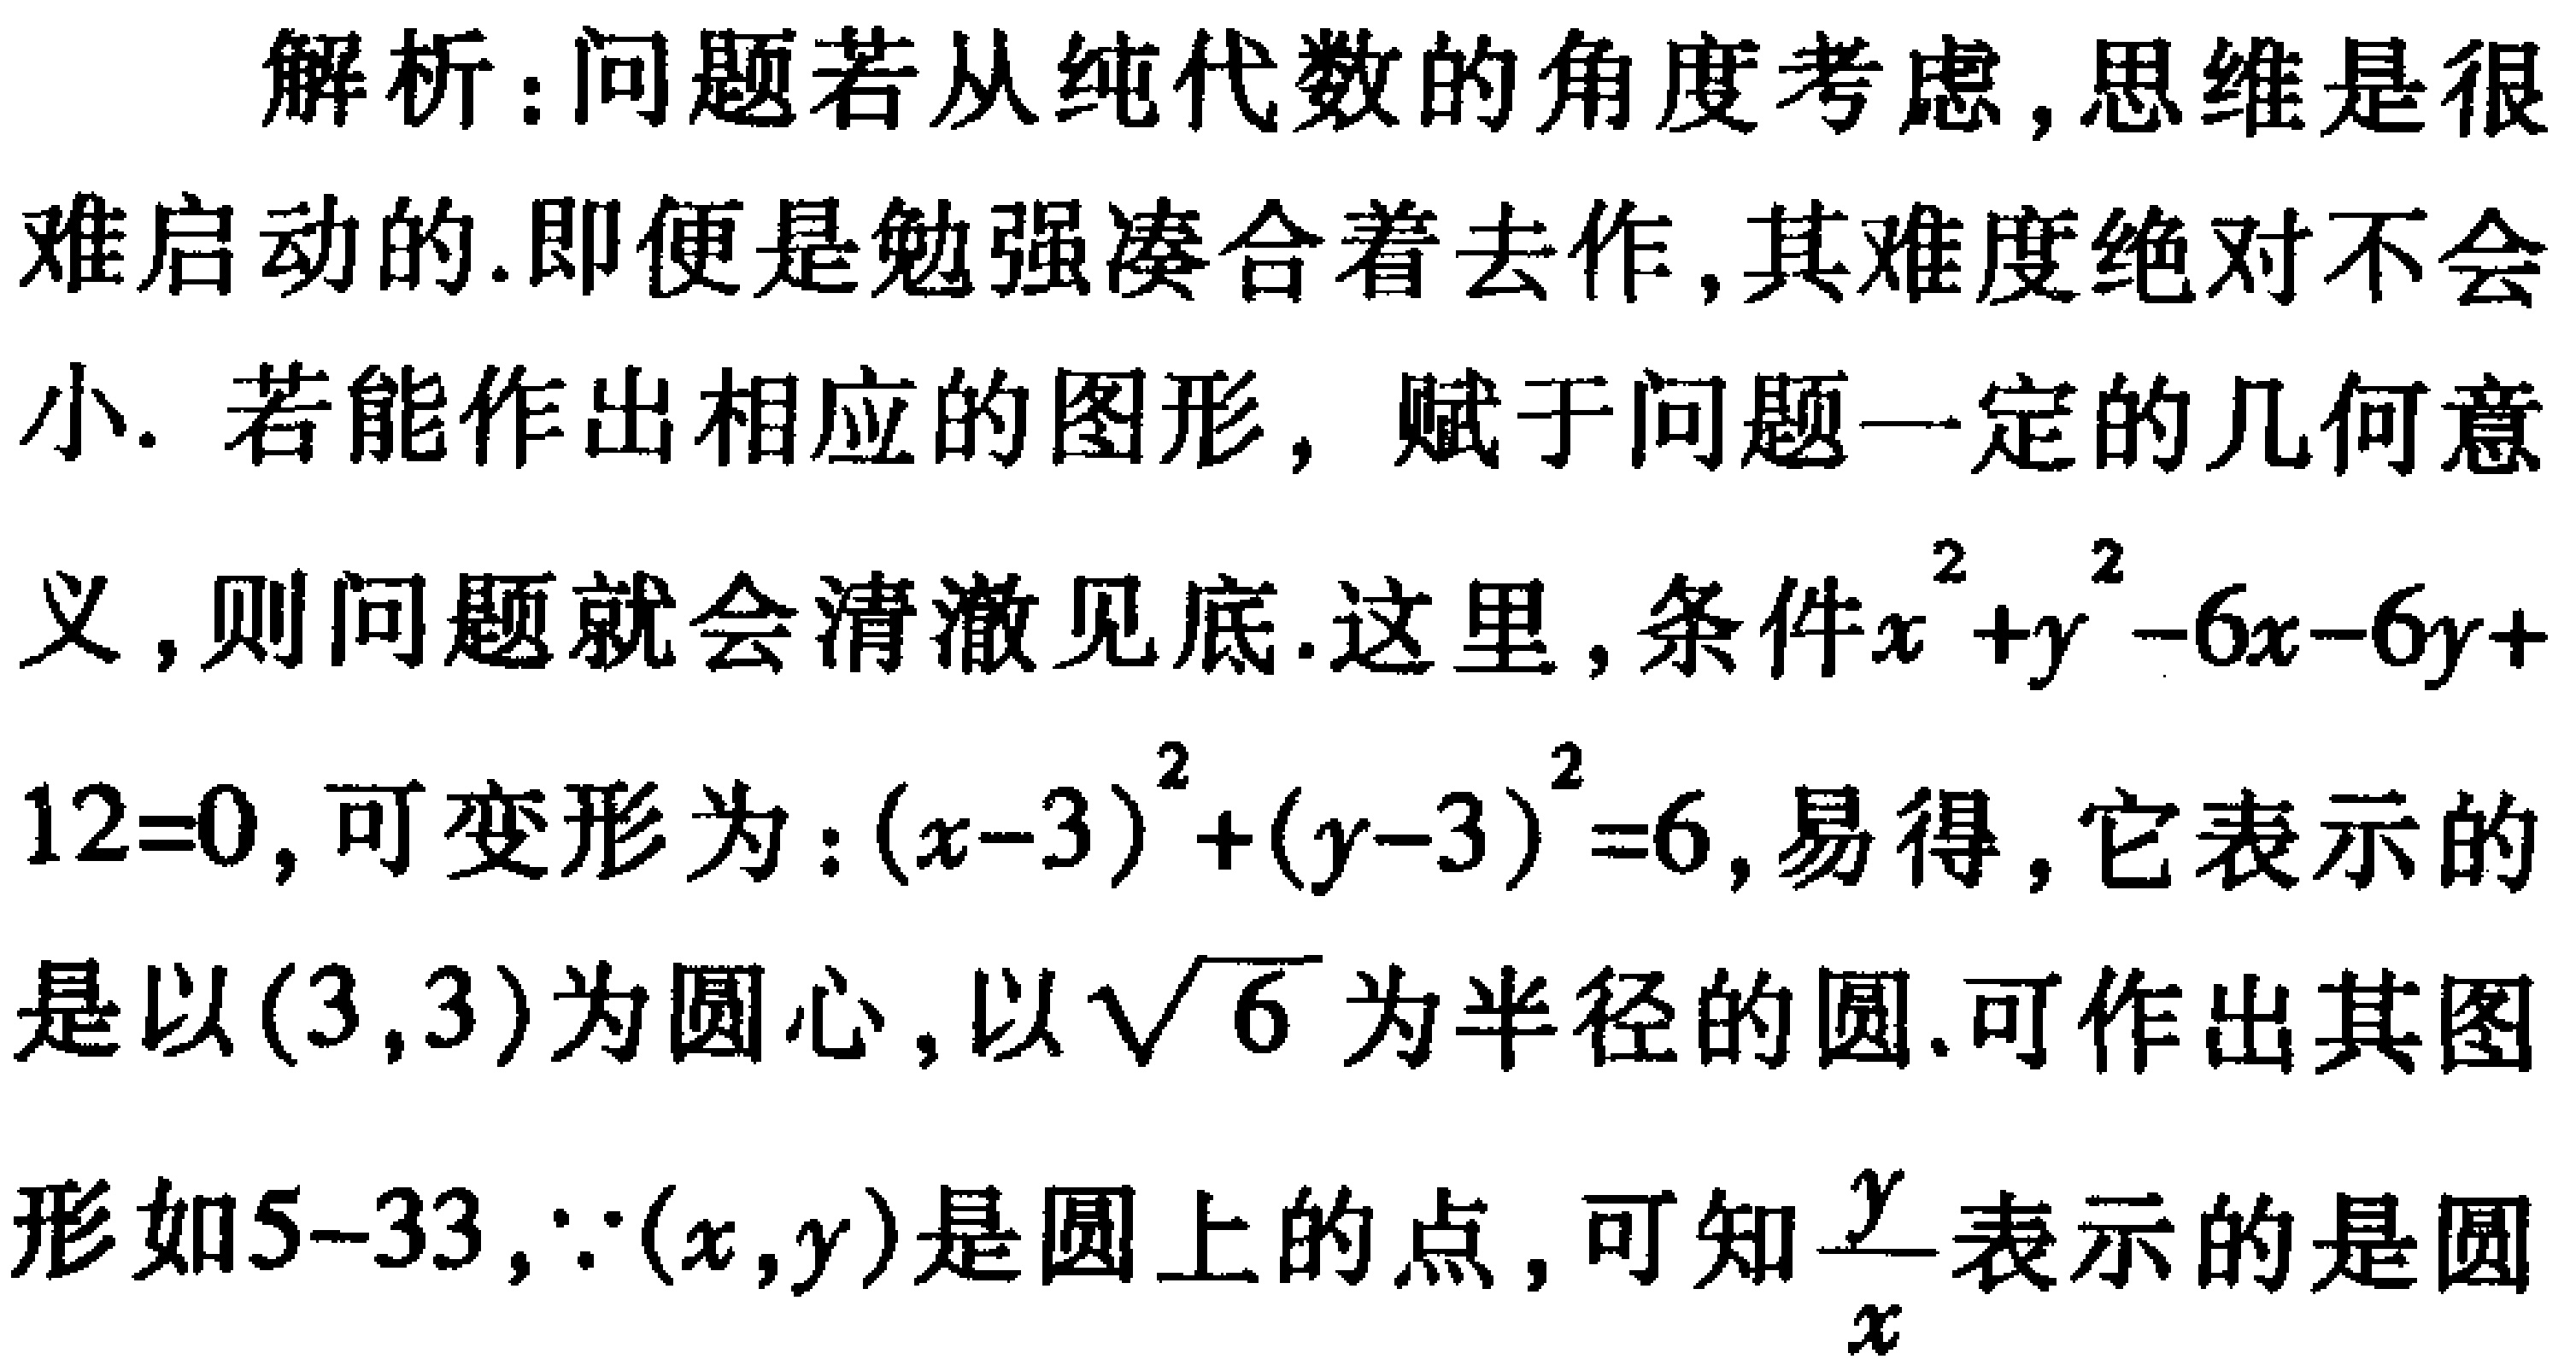
解析：问题若从纯代数的角度考虑,思维是很难启动的.即便是勉强凑合着去作,其难度绝对不会小. 若能作出相应的图形，赋于问题一定的几何意义,则问题就会清澈见底.这里,条件\(x^{2}+y^{2}-6x - 6y + 12 = 0\),可变形为：\((x - 3)^{2}+(y - 3)^{2}=6\),易得，它表示的是以\((3,3)\)为圆心,以\(\sqrt{6}\)为半径的圆.可作出其图形如5--33,\(\because(x,y)\)是圆上的点,可知\(\frac{y}{x}\)表示的是圆